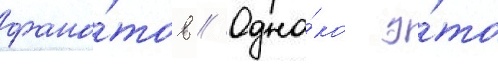
фана́тов // Одна́ко э́то